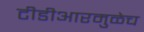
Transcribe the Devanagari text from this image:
टीडीआरमुळेच